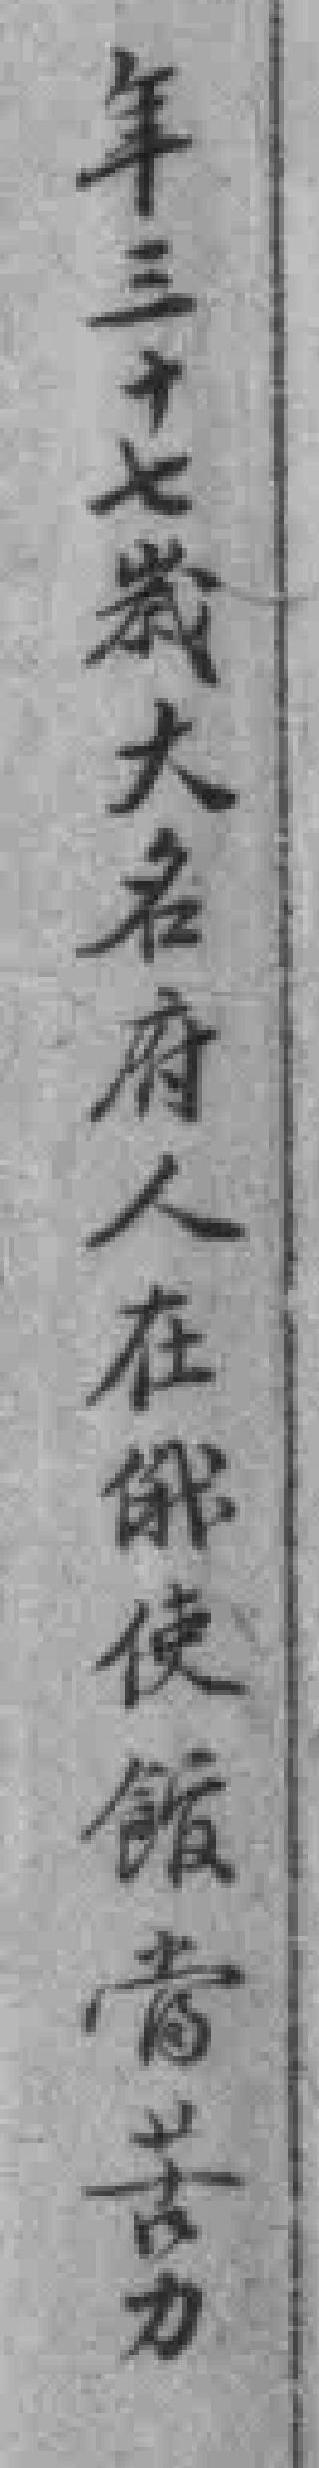
年三十七歲大名府人在俄使館當苦力